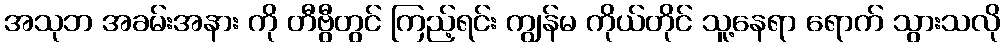
အသုဘ အခမ်းအနား ကို တီဗွီတွင် ကြည့်ရင်း ကျွန်မ ကိုယ်တိုင် သူ့နေရာ ရောက် သွားသလို